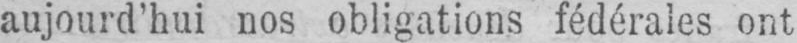
aujourd’hui nos obligations fédérales ont